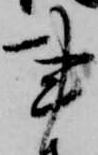
事